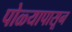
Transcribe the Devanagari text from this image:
पोळ्यापासून